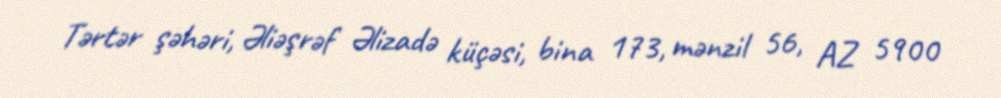
Tərtər şəhəri, Əliəşrəf Əlizadə küçəsi, bina 173, mənzil 56, AZ 5900